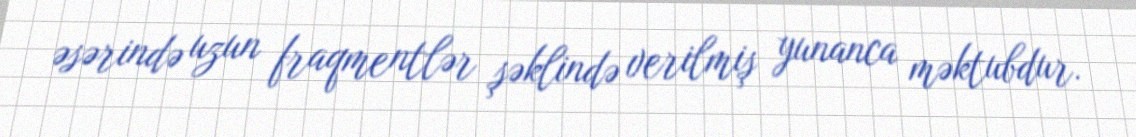
əsərində uzun fraqmentlər şəklində verilmiş yunanca məktubdur.